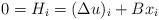
LaTeX: \begin{align*}0 = H_i = (\Delta u)_i + B x_i\end{align*}